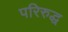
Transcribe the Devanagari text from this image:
परिरुद्ध